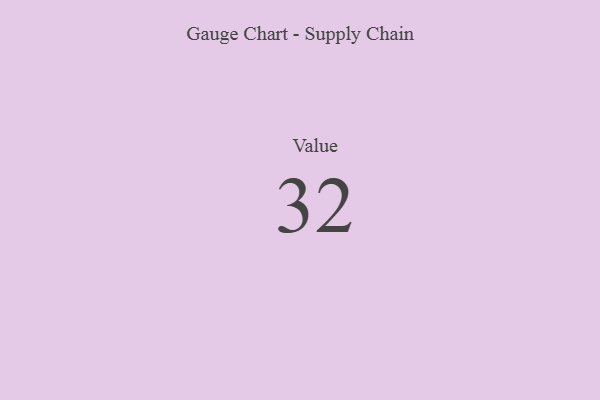
{"axis": {"x": "Metric", "y": "Value"}, "legend": [""], "data": [{"x": "Value", "y": 32, "type": ""}]}